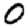
Digit: 0